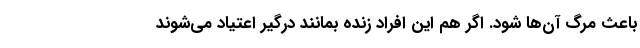
باعث مرگ آن‌ها شود. اگر هم این افراد زنده بمانند درگیر اعتیاد می‌شوند